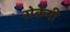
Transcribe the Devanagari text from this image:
रोकेंगी